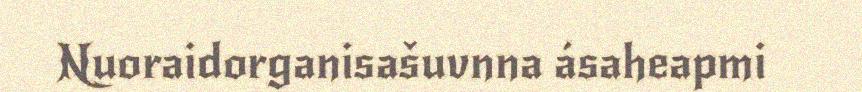
Nuoraidorganisašuvnna ásaheapmi